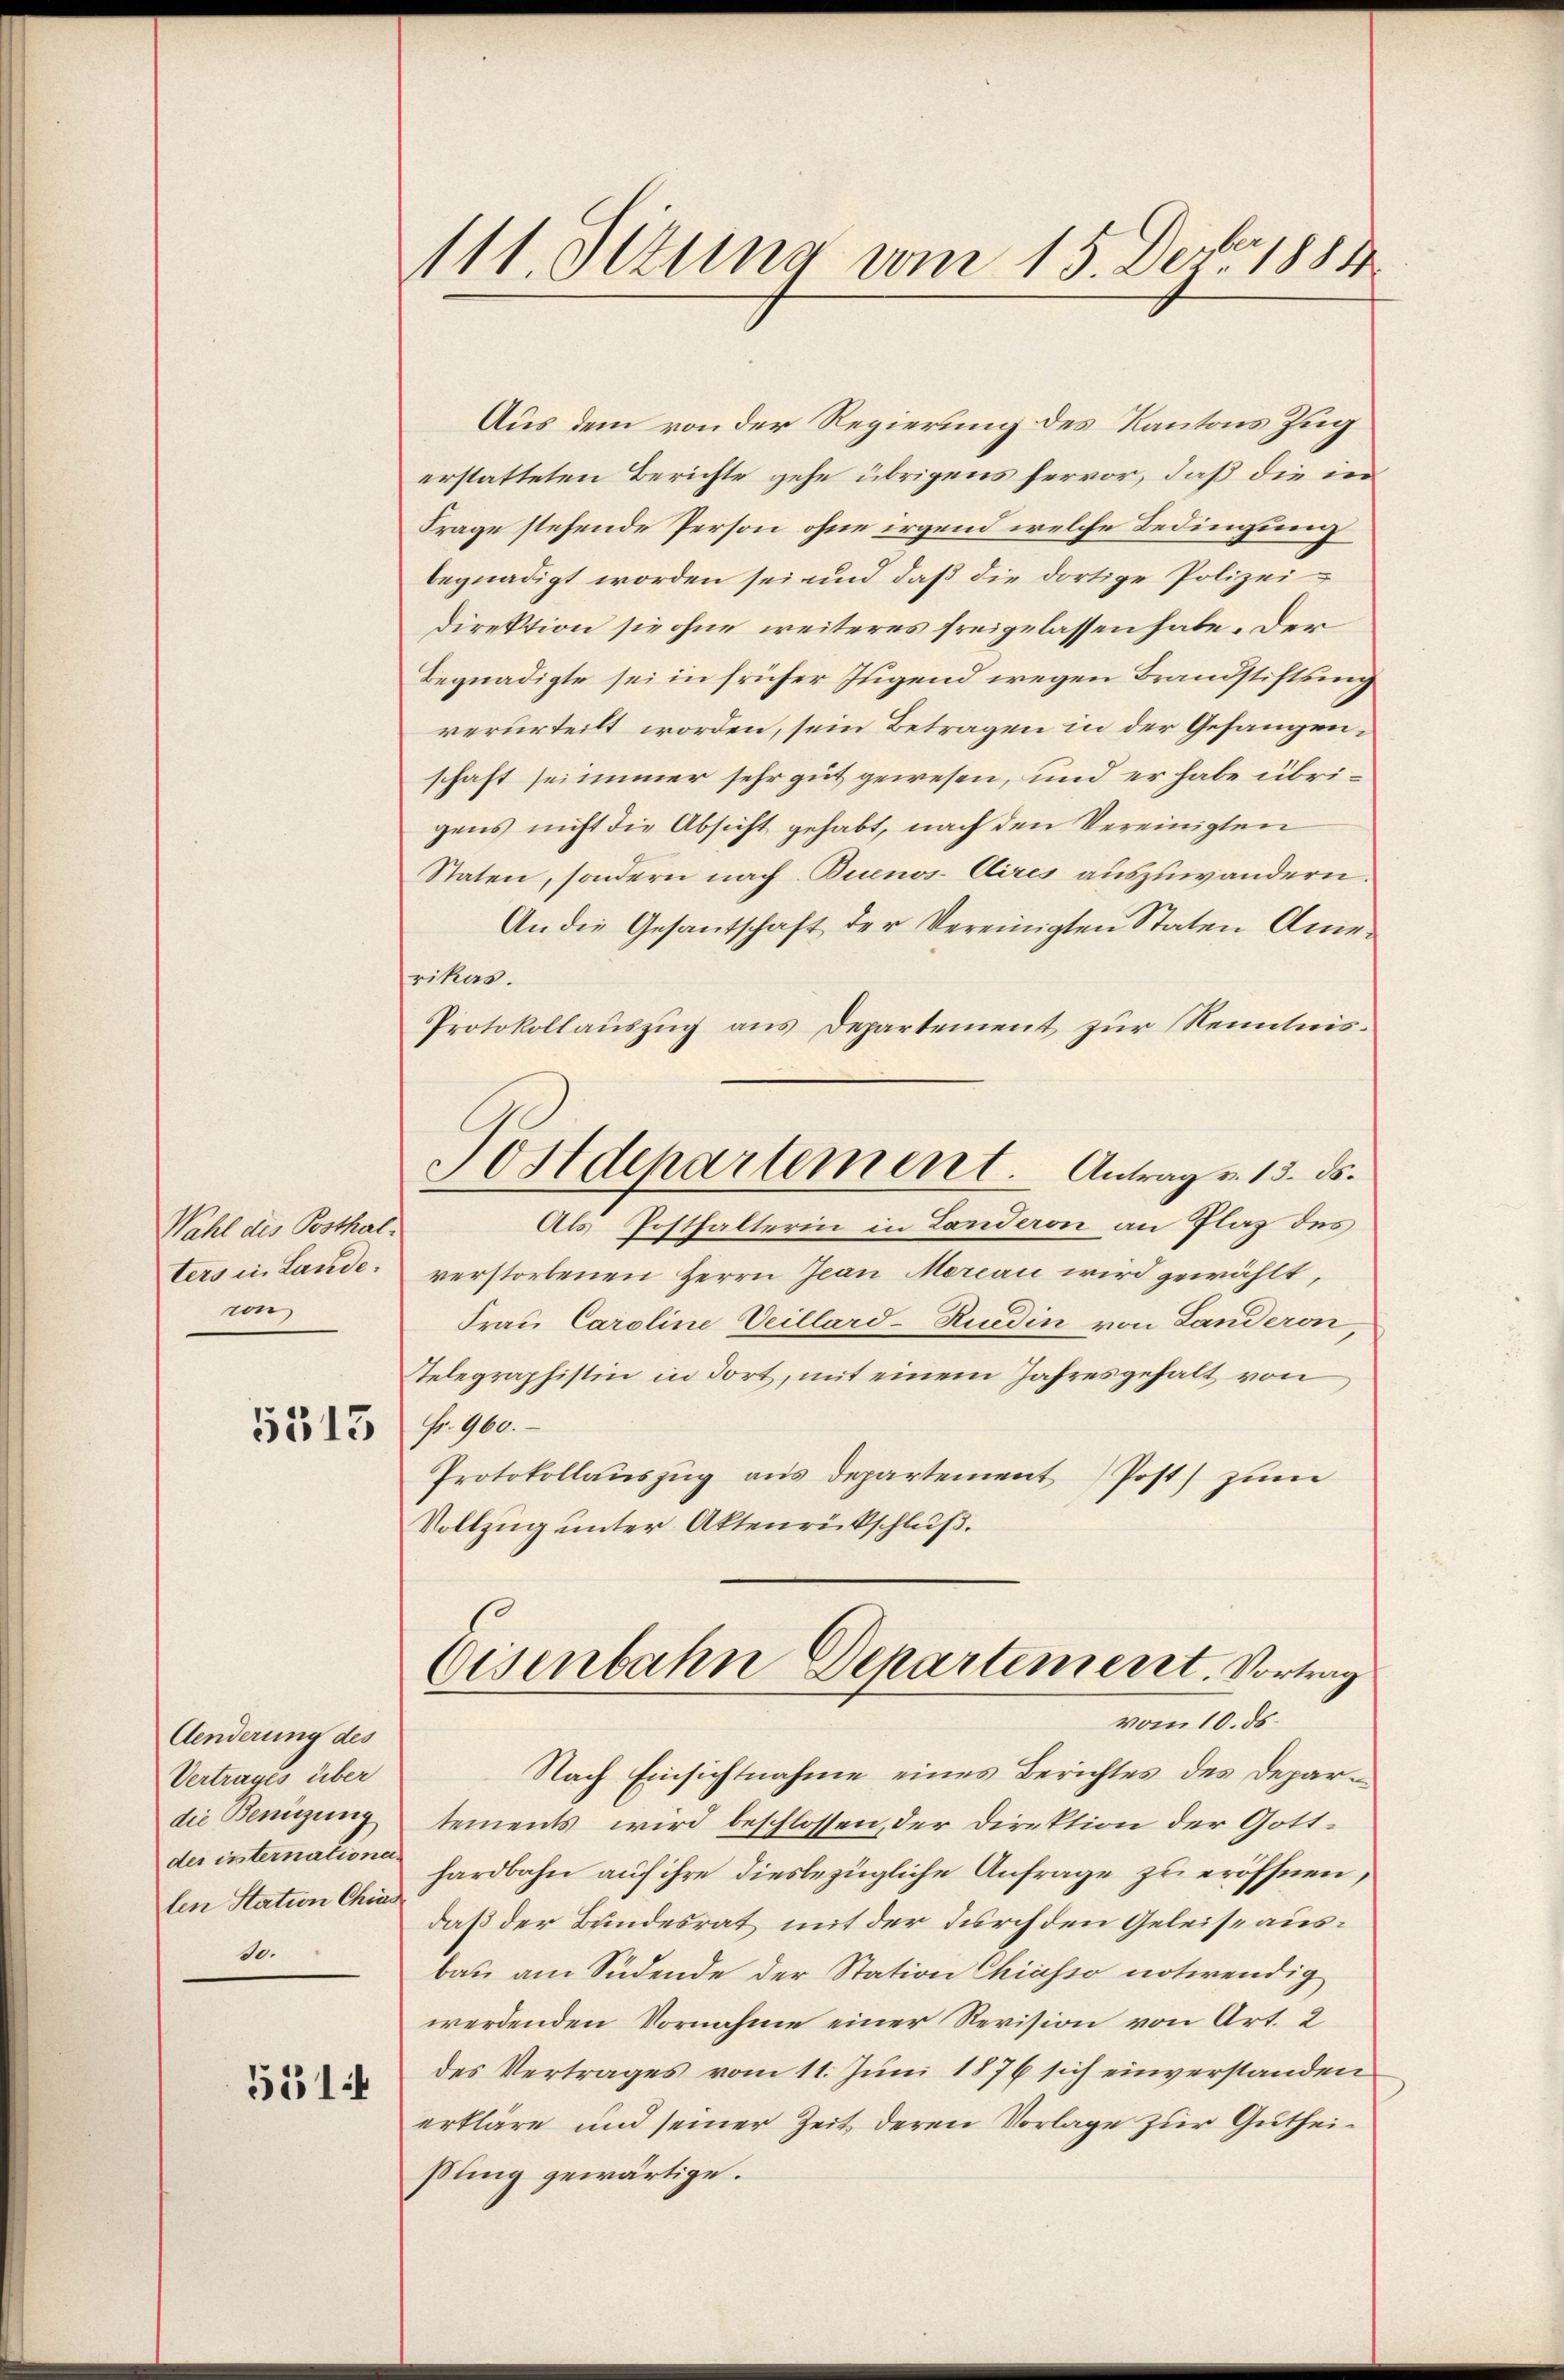
Wahl des Posthal.
e

Aenderung des
Vertrages über
die Benützung
len Station Chia
de.

551

111. Ittung vom 15. Dez. 1884

Aus dem von der Regierung des Kantons Zug
erstatteten Berichte gehe übrigens hervor, daß die in
Frage stehende Person ohne irgend welche Bedingung
begnadigt worden sei und daß die dortige Polizeidirektion sie ohne weiteres freigelassen habe. Der
Begnadigte sei in früher Jugend wegen Brandstiftung
verurteilt worden, sein Betragen in der Gefangenschaft sei immer sehr gut gewesen, und er habe übrigens nicht die Absicht gehabt, nach den Vereinigten
Staten, sondern nach Buenos-Aires auszuwandern.
An die Gesantschaft der Vereinigten Staten Amerikas.
Protokollauszug aus Departement zur Kenntnis¬
Sostdepartement. Antrag v. 15. ds.
Als Posthalterin in Landeron an Plaz des
ters in Lande verstorbenen Herrn Jean Morcai wird gewählt,
Frau Caroline Veillard-Ruedin von Landeron,
Telegraphistin in Fort, mit einem Jahresgehalt von
3513 f. 900.
Protokollaŭszŭg aŭs departement Post zum
Vollzug unter Aktenrückschluß.

Eisenbahn Departement. Vortrag
vom 10. ds.

Nach Einsichtnahme eines Berichtes des Departements wird beschlossen, der Direktion der Gottder insternation hardbahn auf ihre diesbezügliche Anfrage zu eröffnen,
daß der Bundesrat mit der durch den Geleise ausbau am Südende der Station Chiasso notwendig
werdenden Vornahme einer Revision von Art. 2
des Vertrages vom 11. Juni 1876 sich einverstanden
erkläre und seiner Zeit deren Vorlage zur Gutheißung gewärtige.